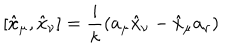
LaTeX: [ \hat { x } _ { \mu } , \hat { x } _ { \nu } ] = \frac { i } { \kappa } ( a _ { \mu } \hat { x } _ { \nu } - \hat { x } _ { \mu } a _ { \nu } )